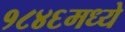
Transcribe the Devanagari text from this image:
१८४६मध्ये